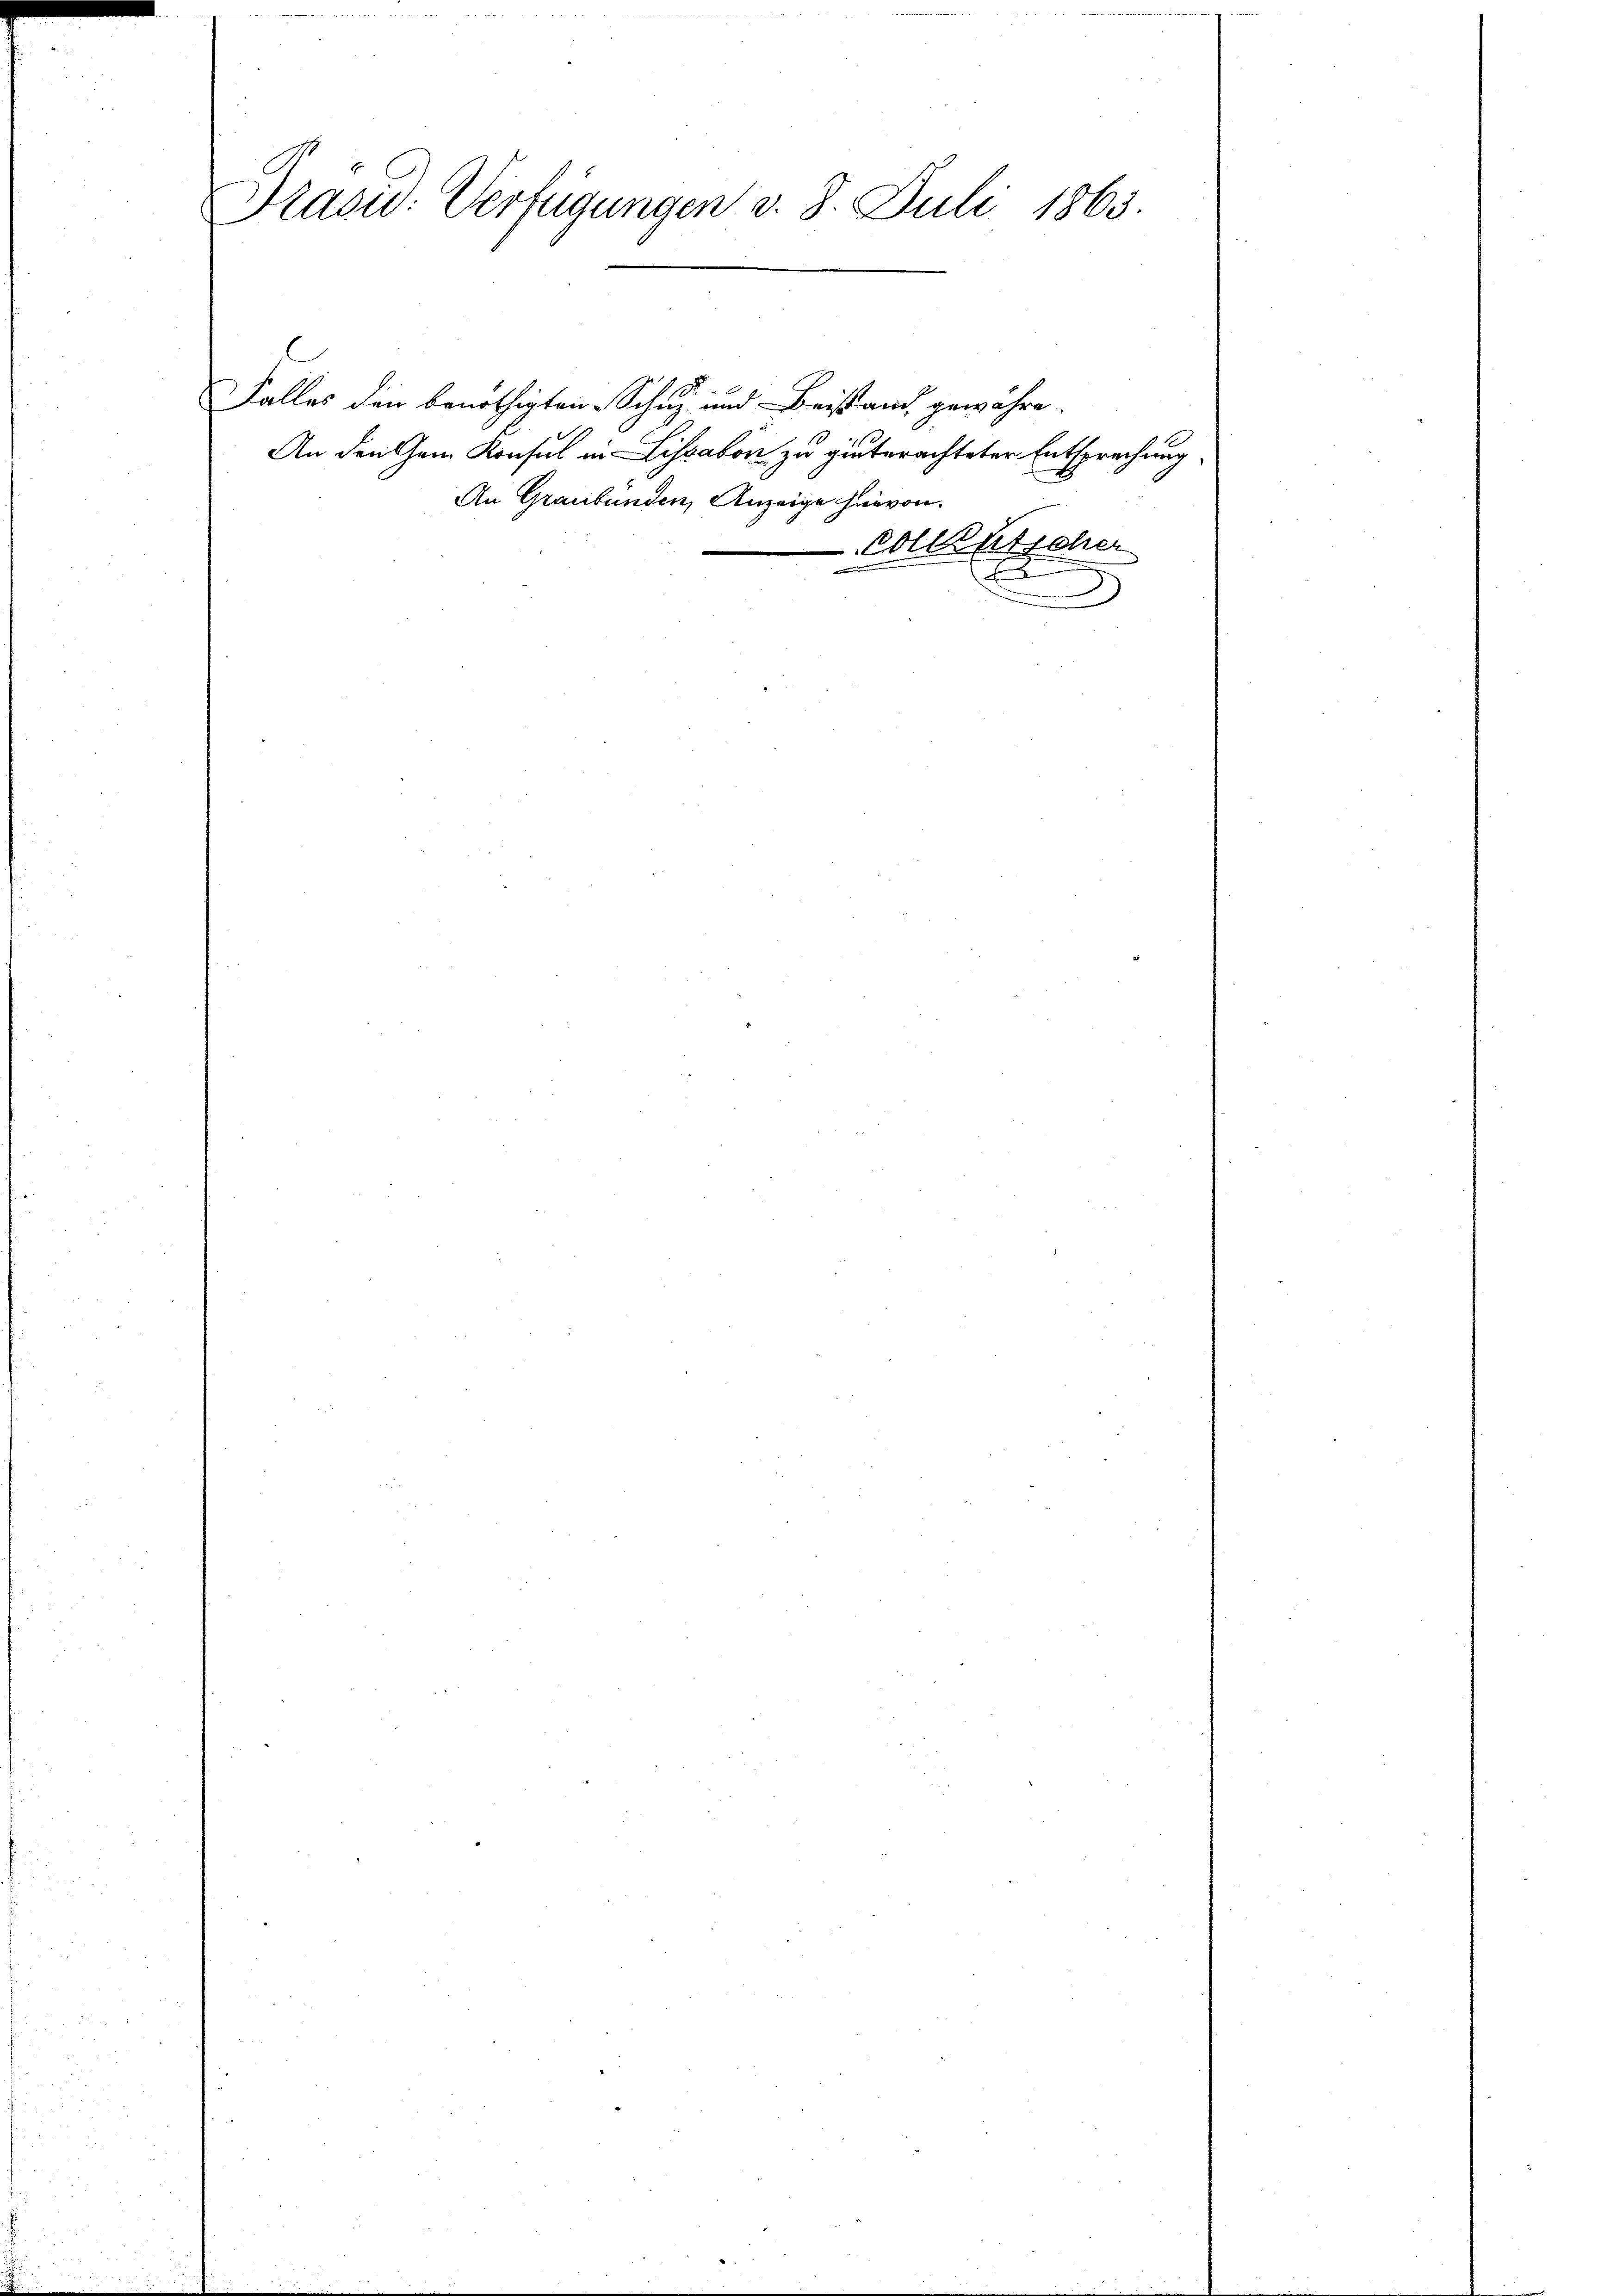
Präsid. Verfügungen v. 8. Juli 1865.

Falles den benöthigten Schutz und Beistand gewähre.
An den Gem Konsul in Lissabon zu hinterachteter Entsprechung
An Graubünden, Anzeige hiervon
olckhlicher

.
x